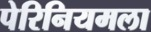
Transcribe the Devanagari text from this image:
पेरिनियमला